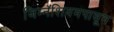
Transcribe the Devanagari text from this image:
जिम्नॅशियमपासून